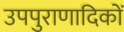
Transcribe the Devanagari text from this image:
उपपुराणादिकों